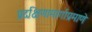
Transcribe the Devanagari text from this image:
प्रदक्षिणामार्गाप्रमाणे